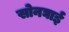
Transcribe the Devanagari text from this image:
सोनघाई